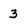
Character: 3